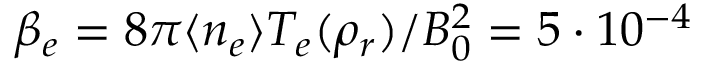
\beta _ { e } = 8 \pi \langle n _ { e } \rangle T _ { e } ( \rho _ { r } ) / B _ { 0 } ^ { 2 } = 5 \cdot 1 0 ^ { - 4 }